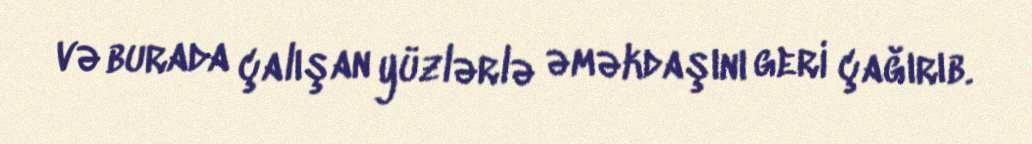
və burada çalışan yüzlərlə əməkdaşını geri çağırıb.